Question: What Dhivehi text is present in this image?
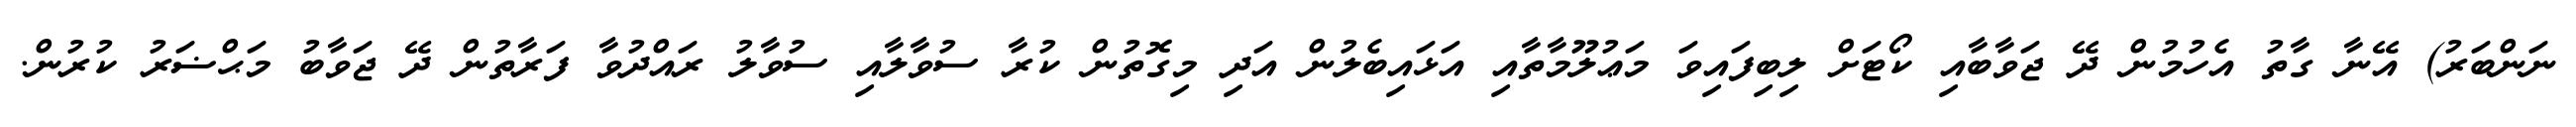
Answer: ނަންބަރު) އޭނާ ގާތު އެހުމުން ދޭ ޖަވާބާއި ކޯޓަށް ލިބިފައިވަ މަޢުލޫމާތާއި އަޅައިބެލުން އަދި މިގޮތުން ކުރާ ސުވާލާއި ސުވާލު ރައްދުވާ ފަރާތުން ދޭ ޖަވާބު މަޙްޟަރު ކުރުން.